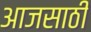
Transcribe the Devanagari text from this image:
आजसाठी